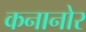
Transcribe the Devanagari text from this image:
कनानोर